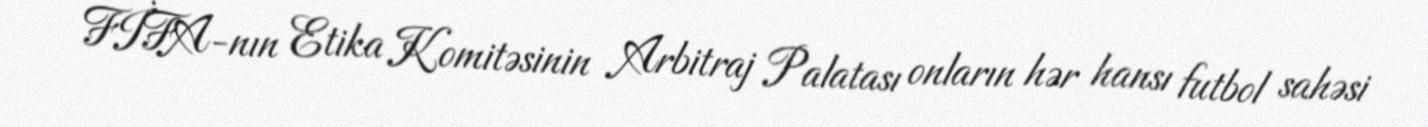
FİFA-nın Etika Komitəsinin Arbitraj Palatası onların hər hansı futbol sahəsi